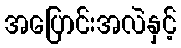
အပြောင်းအလဲနှင့်